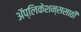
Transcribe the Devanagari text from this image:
अॅप्लिकेशन्ससाठी